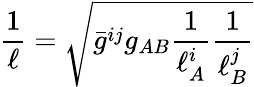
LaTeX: \frac{1}{\ell}=\sqrt{\bar{g}^{ij}g_{AB}\frac{1}{\ell_{A}^{i}}\frac{1}{\ell_{B}^{j}}}